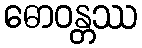
ဓောဝန္တဿ